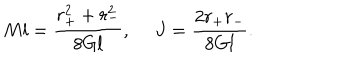
LaTeX: M l = { \frac { r _ { + } ^ { 2 } + r _ { - } ^ { 2 } } { 8 G l } } , \ J = { \frac { 2 r _ { + } r _ { - } } { 8 G l } } .